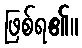
ဖြစ်ရ၏။